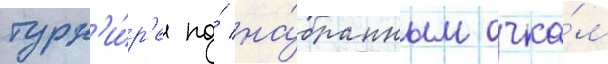
турн'и́р'е по́ на́бранным очка́м